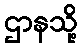
ဌာနသို့